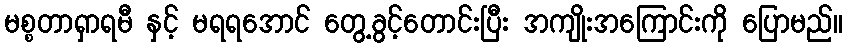
မစ္စတာရှာရမီ နှင့် မရရအောင် တွေ့ခွင့်တောင်းပြီး အကျိုးအကြောင်းကို ပြောမည်။